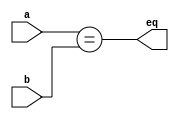
`timescale 1ns/1ps

// branch prediction comparator
module eqcmp(input [31:0] a, b,
             output        eq);

  assign #1 eq = (a == b);
endmodule